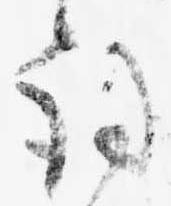
詞